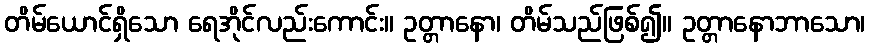
တိမ်ယောင်ရှိသော ရေအိုင်လည်းကောင်း။ ဥတ္တာနော၊ တိမ်သည်ဖြစ်၍။ ဥတ္တာနောဘာသော၊